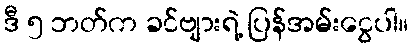
ဒီ ၅ ဘတ်က ခင်ဗျားရဲ့ ပြန်အမ်းငွေပါ။